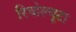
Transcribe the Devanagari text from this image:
रिवोल्यूटा